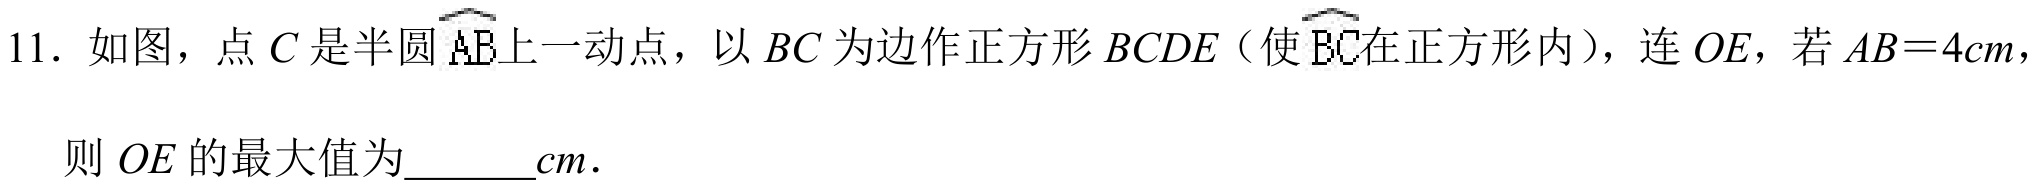
11. 如图，点\(C\)是半圆\(\overset{\frown}{AB}\)上一动点，以\(BC\)为边作正方形\(BCDE\)（使\(\overset{\frown}{BC}\)在正方形内），连\(OE\)，若\(AB = 4cm\)，
则\(OE\)的最大值为  \(cm\)．